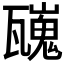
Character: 𱰑